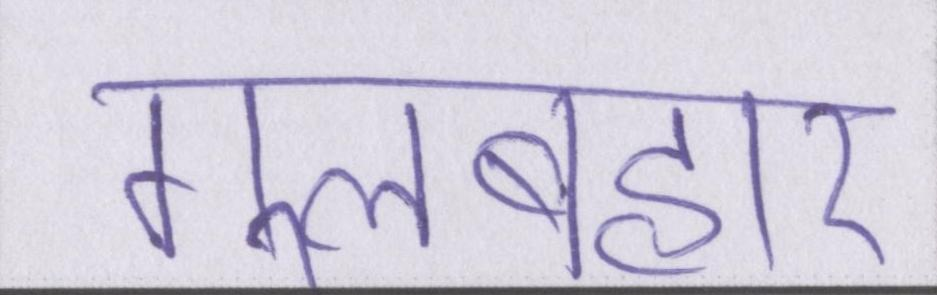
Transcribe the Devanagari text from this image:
गुलबहार